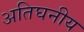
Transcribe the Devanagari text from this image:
अतिघनीय